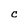
Character: C